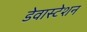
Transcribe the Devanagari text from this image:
डेवास्टेशन